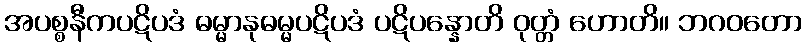
အပစ္စနီကပဋိပဒံ ဓမ္မာနုဓမ္မပဋိပဒံ ပဋိပန္နောတိ ဝုတ္တံ ဟောတိ။ ဘဂဝတော